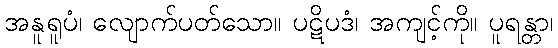
အနူရူပံ၊ လျောက်ပတ်သော။ ပဋိပဒံ၊ အကျင့်ကို။ ပူရန္တာ၊